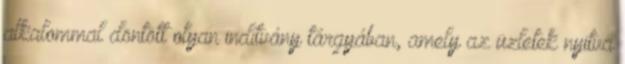
alkalommal döntött olyan indítvány tárgyában, amely az üzletek nyitva